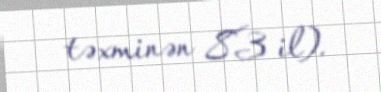
təxminən 83 il).